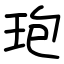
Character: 玸